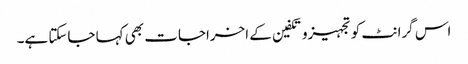
اس گرانٹ کو تجہیزوتکفین کے اخراجات بھی کہا جاسکتا ہے۔